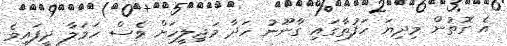
އެ ގޮތުން މިދިޔަ ހަފުތާގައި ގާނޫނު ހަދާ މަޖިލީހަށް ވެސް ހަމަލާ ދީފައިވެ